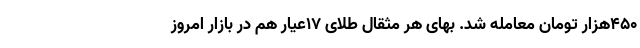
۴۵۰هزار تومان معامله شد. بهای هر مثقال طلای ۱۷عیار هم در بازار امروز